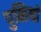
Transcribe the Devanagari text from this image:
पुनियां